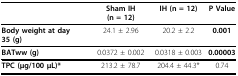
<table><thead><tr><td></td><td><b>Sham IH (n = 12)</b></td><td><b>IH (n = 12)</b></td><td><b>P Value</b></td></tr></thead><tbody><tr><td><b>Body weight at day 35 (g)</b></td><td>24.1 ± 2.96</td><td>20.2 ± 2.2</td><td><b>0.001</b></td></tr><tr><td><b>BATww (g)</b></td><td>0.0372 ± 0.002</td><td>0.0318 ± 0.003</td><td><b>0.00003</b></td></tr><tr><td><b>TPC (μg/100 μL)*</b></td><td>213.2 ± 78.7</td><td>204.4 ± 44.3*</td><td>0.74</td></tr></tbody></table>